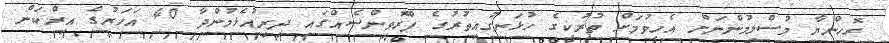
ރޮހިންޔާ މުސްލިމުންނަށް އެހީވުމަށް ތުރުކީގެ ހުޅަނގުއިތުރުގެ ޕްރޮވިންސެއްގައި ދިރިއުޅެމުންދާ 40 އަހަރުގެ އިރްކަން